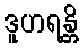
ဒူဟရန္တိ